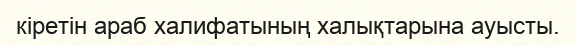
кіретін араб халифатының халықтарына ауысты.